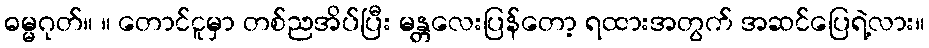
ဓမ္မဂုတ်။ ။ တောင်ငူမှာ တစ်ညအိပ်ပြီး မန္တလေးပြန်တော့ ရထားအတွက် အဆင်ပြေရဲ့လား။